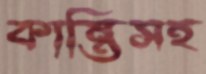
কান্তিসহ